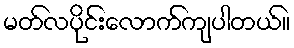
မတ်လပိုင်းလောက်ကျပါတယ်။